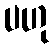
ပဟု